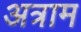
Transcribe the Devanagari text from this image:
अत्राम